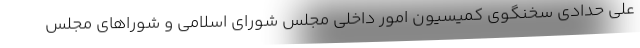
علی حدادی سخنگوی کمیسیون امور داخلی مجلس شورای اسلامی و شوراهای مجلس